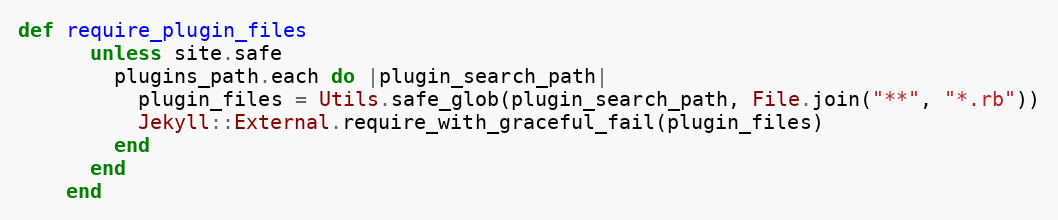
Language: Ruby
def require_plugin_files
      unless site.safe
        plugins_path.each do |plugin_search_path|
          plugin_files = Utils.safe_glob(plugin_search_path, File.join("**", "*.rb"))
          Jekyll::External.require_with_graceful_fail(plugin_files)
        end
      end
    end